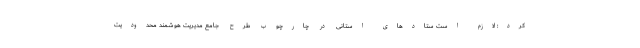
کرد: لازم است ستادهای استانی در چارچوب طرح جامع مدیریت هوشمند محدودیت